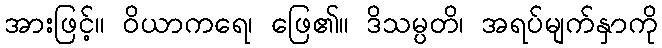
အားဖြင့်။ ဝိယာကရေ၊ ဖြေ၏။ ဒိသမ္ပတိ၊ အရပ်မျက်နှာကို